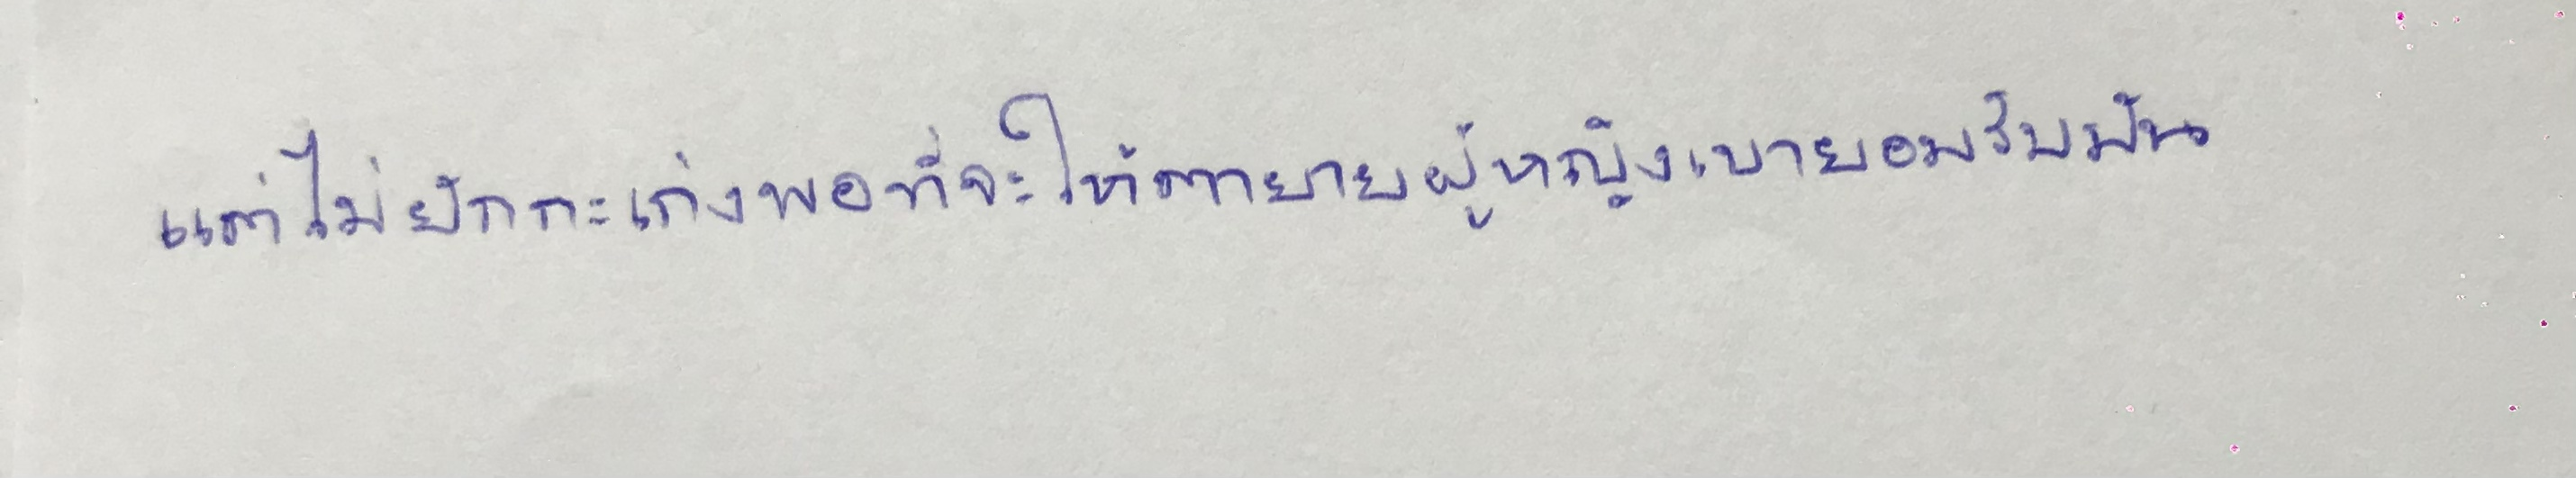
แต่ไม่ยักกะเก่งพอที่จะให้ตายายผู้หญิงเขายอมรับมัน